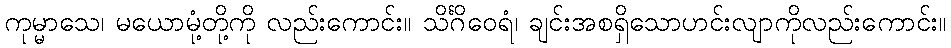
ကုမ္မာသေ၊ မယောမုံ့တို့ကို လည်းကောင်း။ သိင်္ဂိဝေရံ၊ ချင်းအစရှိသောဟင်းလျာကိုလည်းကောင်း။